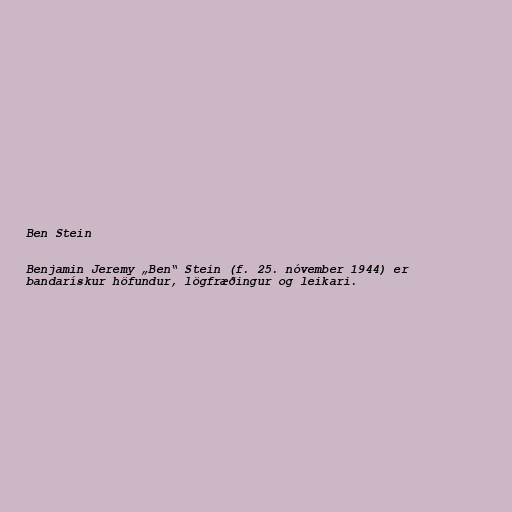
Ben Stein

Benjamin Jeremy „Ben“ Stein (f. 25. nóvember 1944) er
bandarískur höfundur, lögfræðingur og leikari.